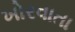
ખોરવાતા